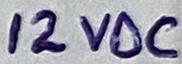
Text: 12VDC